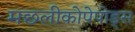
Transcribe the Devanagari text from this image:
मछलीकोपेपोड्स